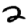
Digit: 2